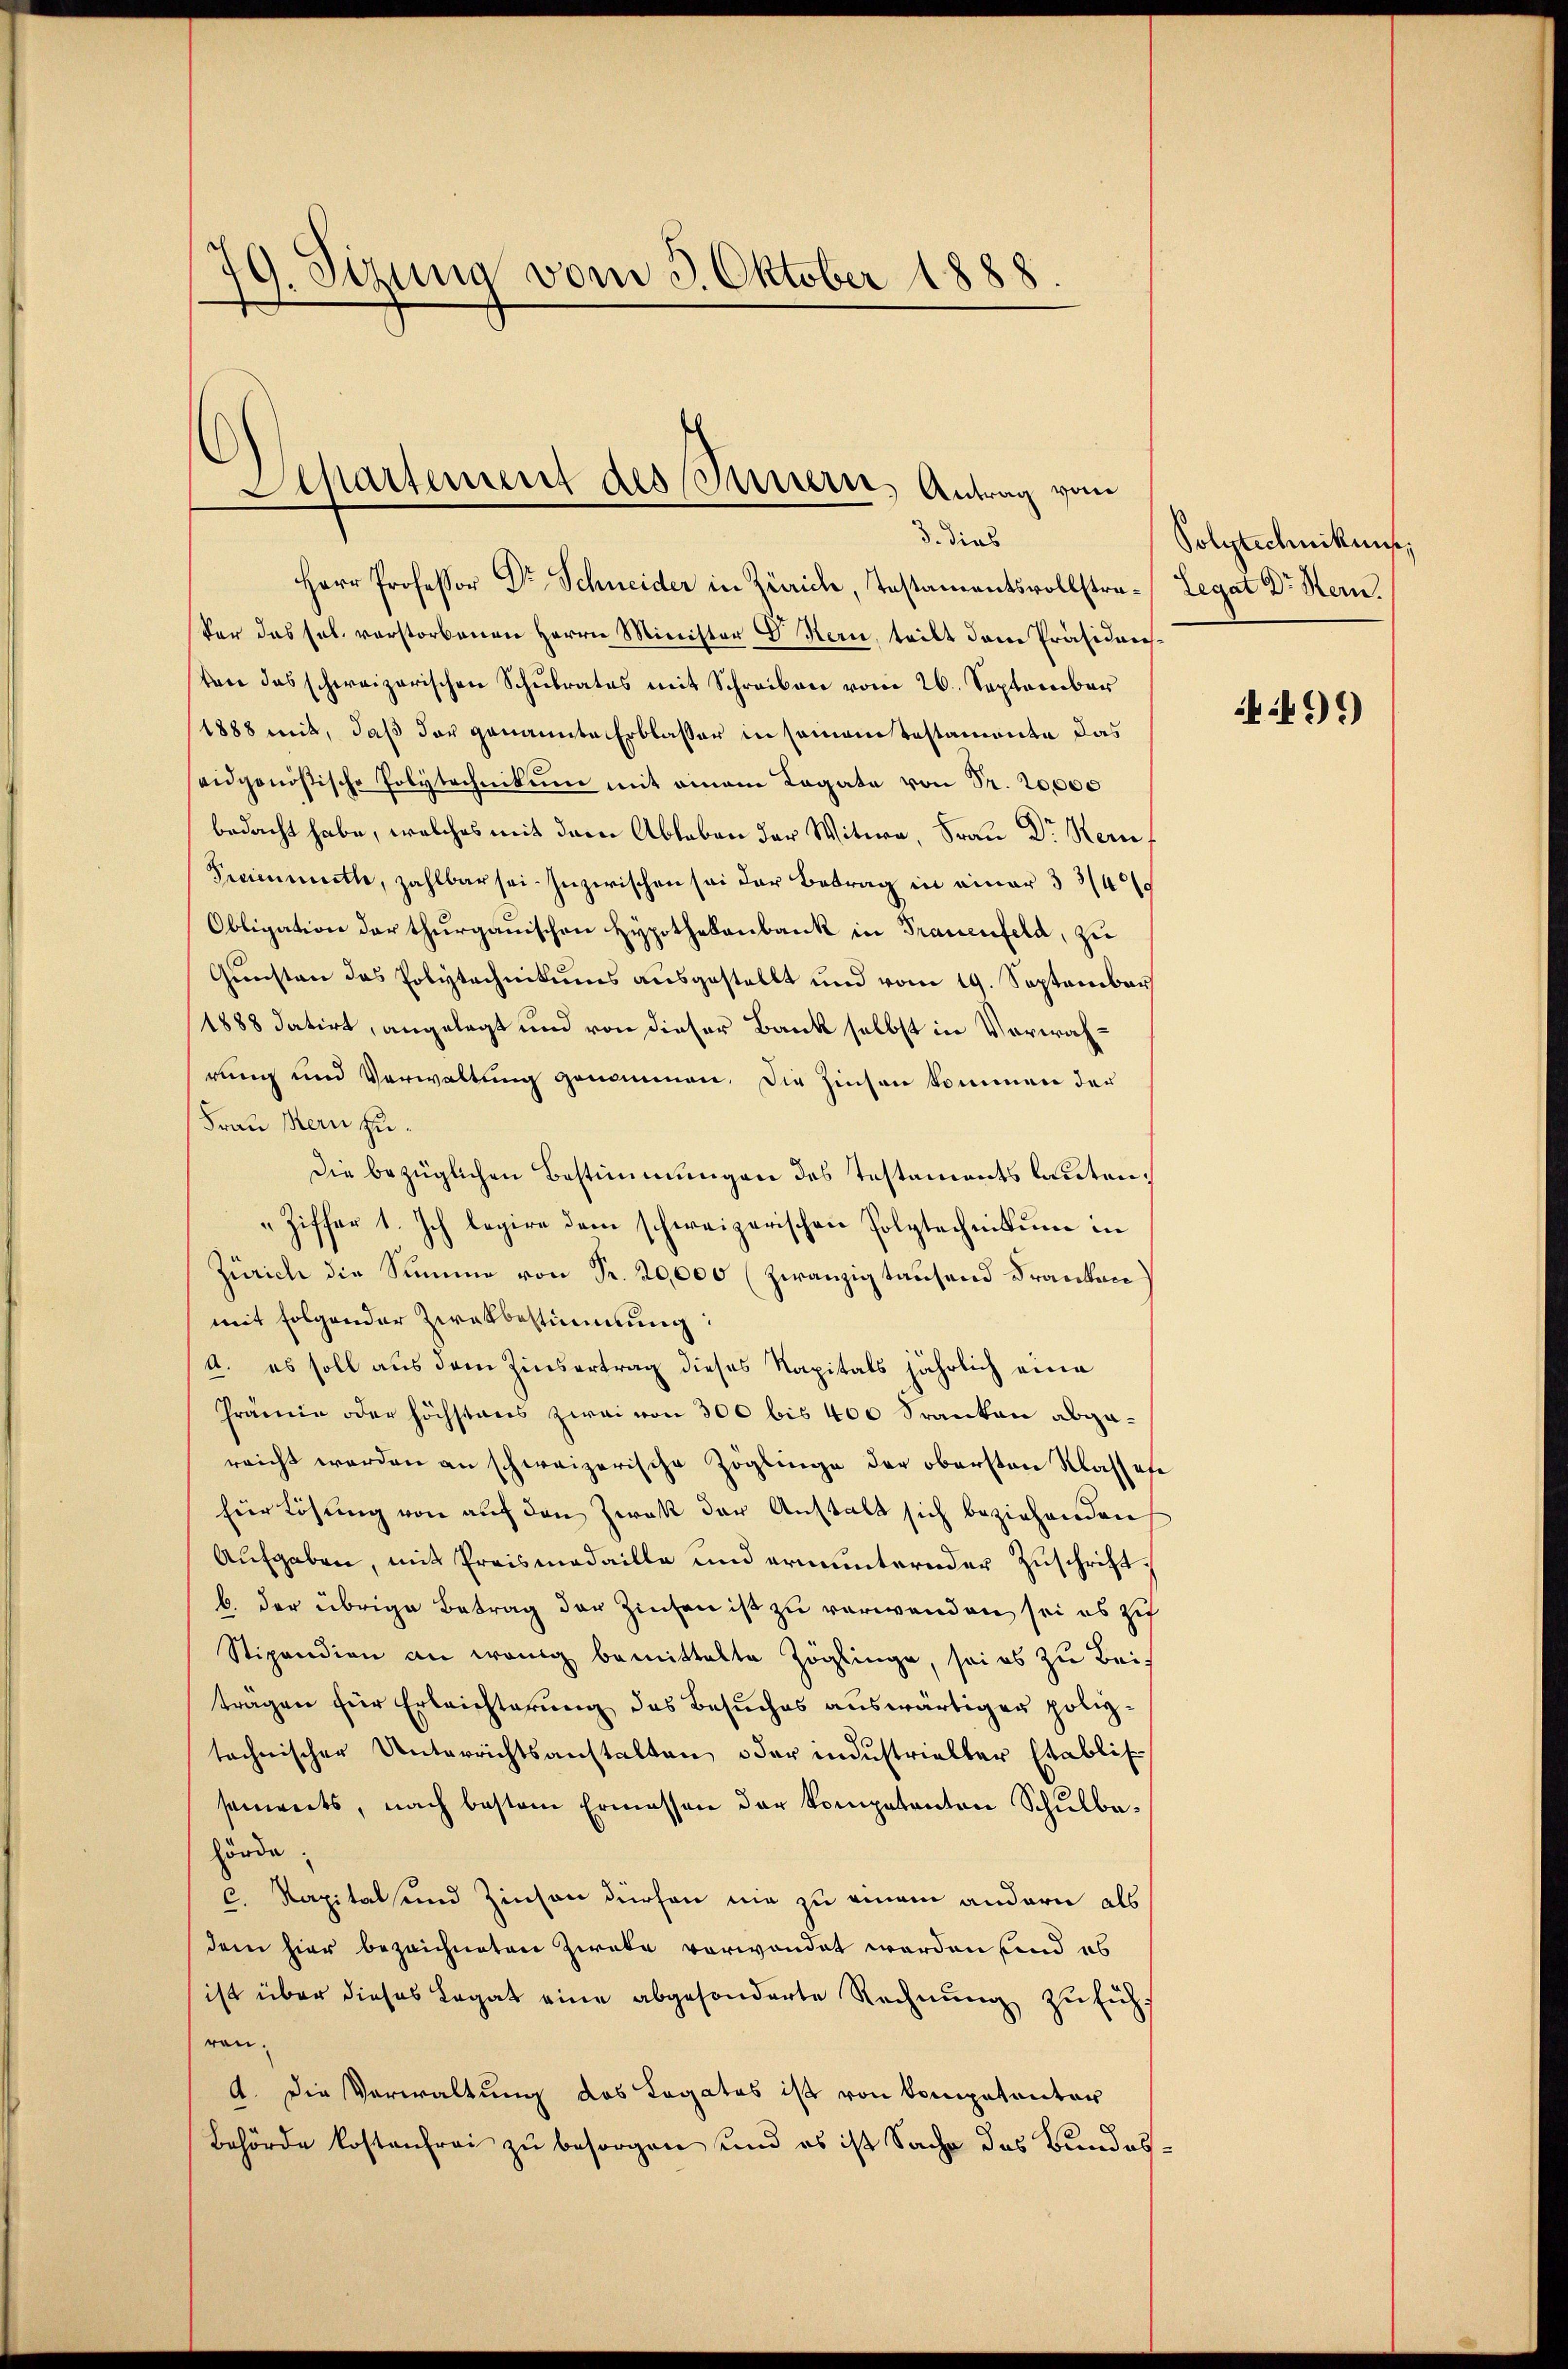
79. Sitzung vom 3. Oktober 1888.

Departement des Massern, Antrag von
d. dies

Herr Professor Dr. Schneider in Zürich, Testamentsvollstra- Legat Dr Stern.
Vor das sel. verstorbenen Herrn Minister E. Kern, teilt dem Präsidensten das schweizerischen Schulrates mit Schreiben vom 26. September
(1888 mit, daß der genannte Erblasser in seinem Testamenta das
seidgenößische Polytechnikum mit einem Legate von Pr. 20000
bedacht habe, welches mit dem Ableben der Witwe, Frau Dr. Heruf
Freienmitte, zahlbar sei. Inzwischen sei der Betrag in einer 3 3/4
Obligation der thurgauischen Hypothekenbank in Trauenfeld, zu
Gunsten das Polytechnikums ausgestellt und vom 19. September
1888 datirt, angelegt und von dieser Bank selbst in Verwahrung und Verwaltung genommen. Die Zinsen kommen der
Frau Hern zu¬
Die bezüglichen Bestimmungen des Testaments lauten¬
"Ziffer 1. Ich legire dem schweizerischen Polytechnikum in
Zürich die Summe von Fr. 20,000 (zwanzig tausend Franken
mit folgender Zwekbestimmung:
A. es soll aus dem Zinsertrag dieses Kapitals jährlich eine
Prämie oder höchstens zwei von 300 bis 400 Franken abgareicht werden an schweizerische Zöglinge der obersten Klassese
für Lösung von auf den Zwek der Anstalt sich beziehenden
Aufgaben, mit Preismedaille und ermunternder Zuschriftb. der übrige Betrag der Zinsen ist zu verwenden sei es zu
Stipendion an wenig bemittelte Zöglinge, sei es zu Beiträgen für Erleichterung des Besuches auswärtiger polizd
technischer Unterrichtsanstalten oder industrialber Etablis
sements, nach bestem Ermessen der Kompetenten Schulbahörde;
c. Kapitalsund Zinsen dürfen nie zu einem andern als
dem hier bezeichneten Zwecke verwendet worden sind es
ist über dieses Legat eine abgesonderte Rechnung zu füh
ren.
A. Die Verwaltung das Legates ist von kompetenter
Behörde kostenfrei zu besorgen und es ist Sache das Bundes¬

Polytechnikums,

4499)